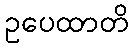
ဥပေထာတိ